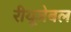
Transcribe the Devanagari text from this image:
रीयूजेबल